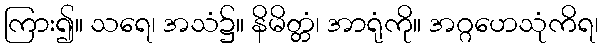
ကြား၍။ သရေ၊ အသံ၌။ နိမိတ္တံ၊ အာရုံကို။ အဂ္ဂဟေသုံကိရ၊